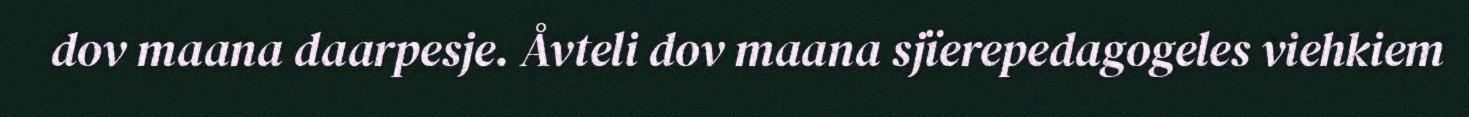
dov maana daarpesje. Åvteli dov maana sjïerepedagogeles viehkiem